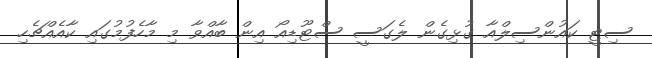
ސިޓީ ކައުންސިލްއާ ގުޅިގެން ލެގަސީ ސްޓޫޑިއޯ އިން ބާއްވާ މި މާހެފުމުގައި ކާއެއްޗެހި